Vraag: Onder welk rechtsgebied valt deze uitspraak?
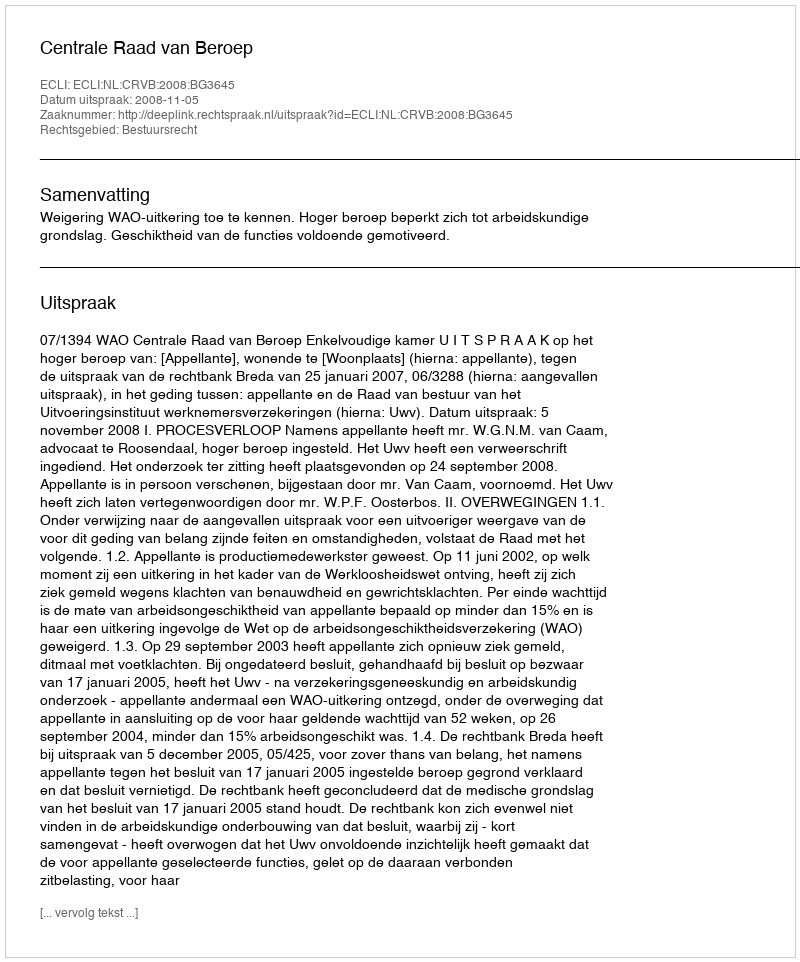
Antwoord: Bestuursrecht